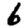
Digit: 6